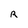
Character: R